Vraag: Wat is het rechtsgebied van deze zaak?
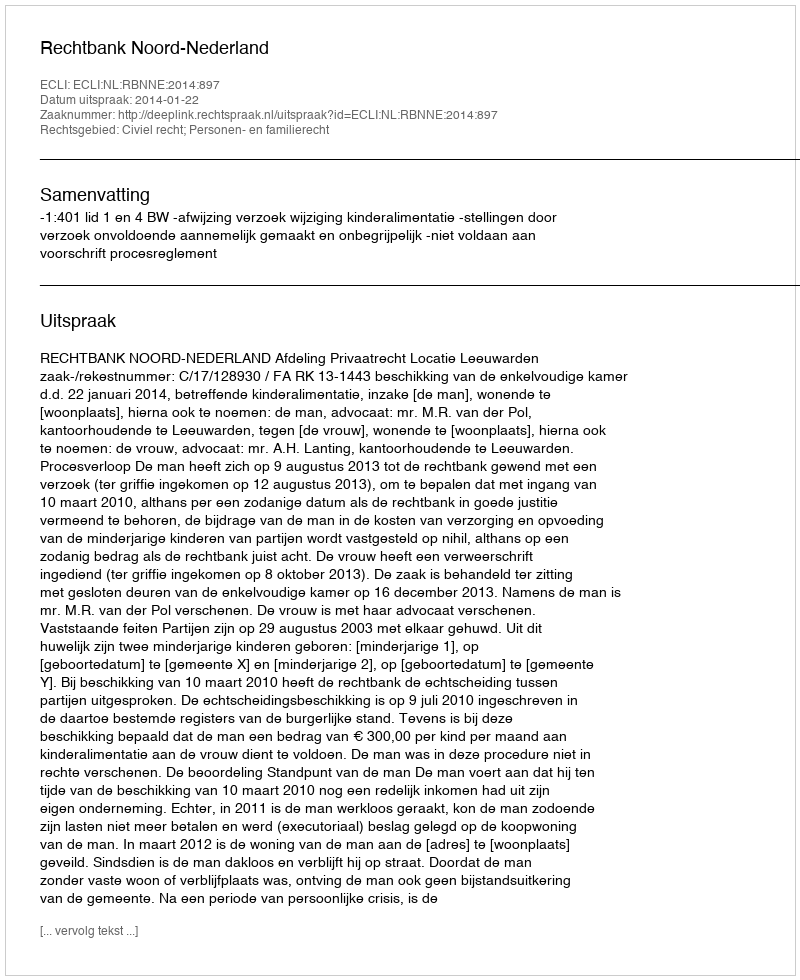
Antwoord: Civiel recht; Personen- en familierecht